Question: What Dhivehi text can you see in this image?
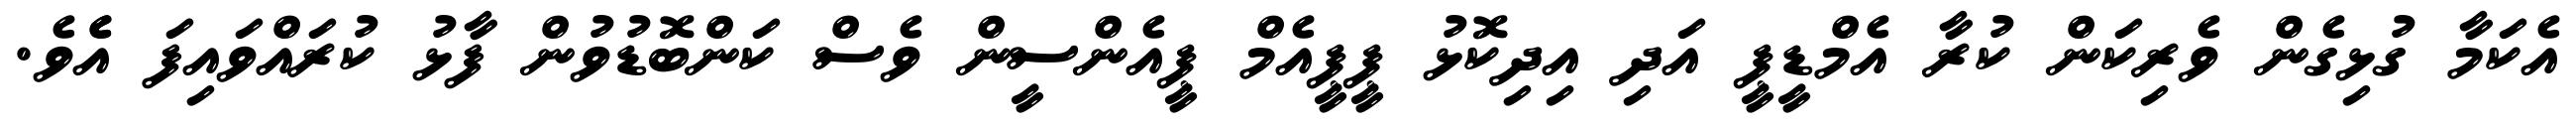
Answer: އެކަމާ ގުޅިގެން ވެރިކަން ކުރާ އެމްޑީޕީ އަދި އިދިކޮޅު ޕީޕީއެމް ޕީއެންސީން ވެސް ކަންބޮޑުވުން ފާޅު ކުރައްވައިފަ އެެވެ.